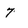
Character: 7